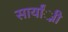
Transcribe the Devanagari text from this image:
सार्यां्नी